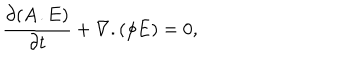
LaTeX: \frac { \partial ( { \bf A } . { \bf E } ) } { \partial t } + \nabla . ( \phi { \bf E } ) = 0 ,